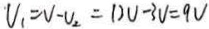
V _ { 1 } = V - V _ { 2 } = 1 2 V - 3 V = 9 V